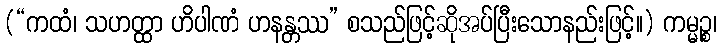
(“ကထံ၊ သဟတ္ထာ ဟိပါဏံ ဟနန္တဿ” စသည်ဖြင့်ဆိုအပ်ပြီးသောနည်းဖြင့်။) ကမ္မဉ္စ၊